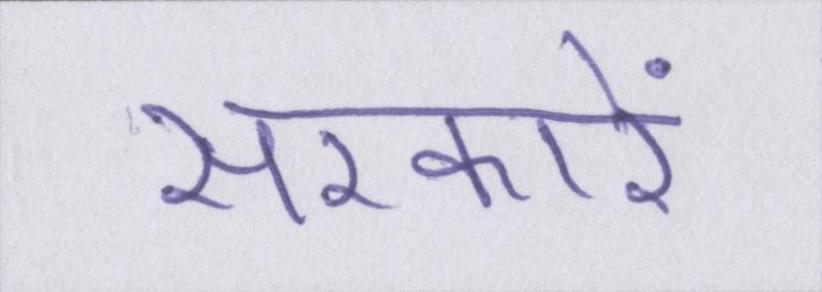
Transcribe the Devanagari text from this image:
सरकारें